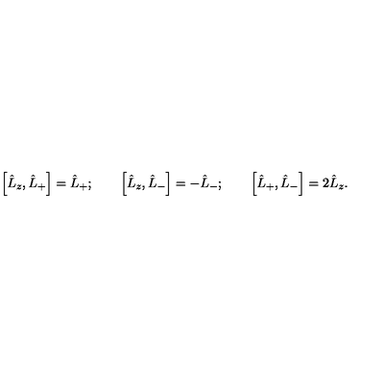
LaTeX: \left[ \hat { L } _ { z } , \hat { L } _ { + } \right] = \hat { L } _ { + } ; \qquad \left[ \hat { L } _ { z } , \hat { L } _ { - } \right] = - \hat { L } _ { - } ; \qquad \left[ \hat { L } _ { + } , \hat { L } _ { - } \right] = 2 \hat { L } _ { z } .